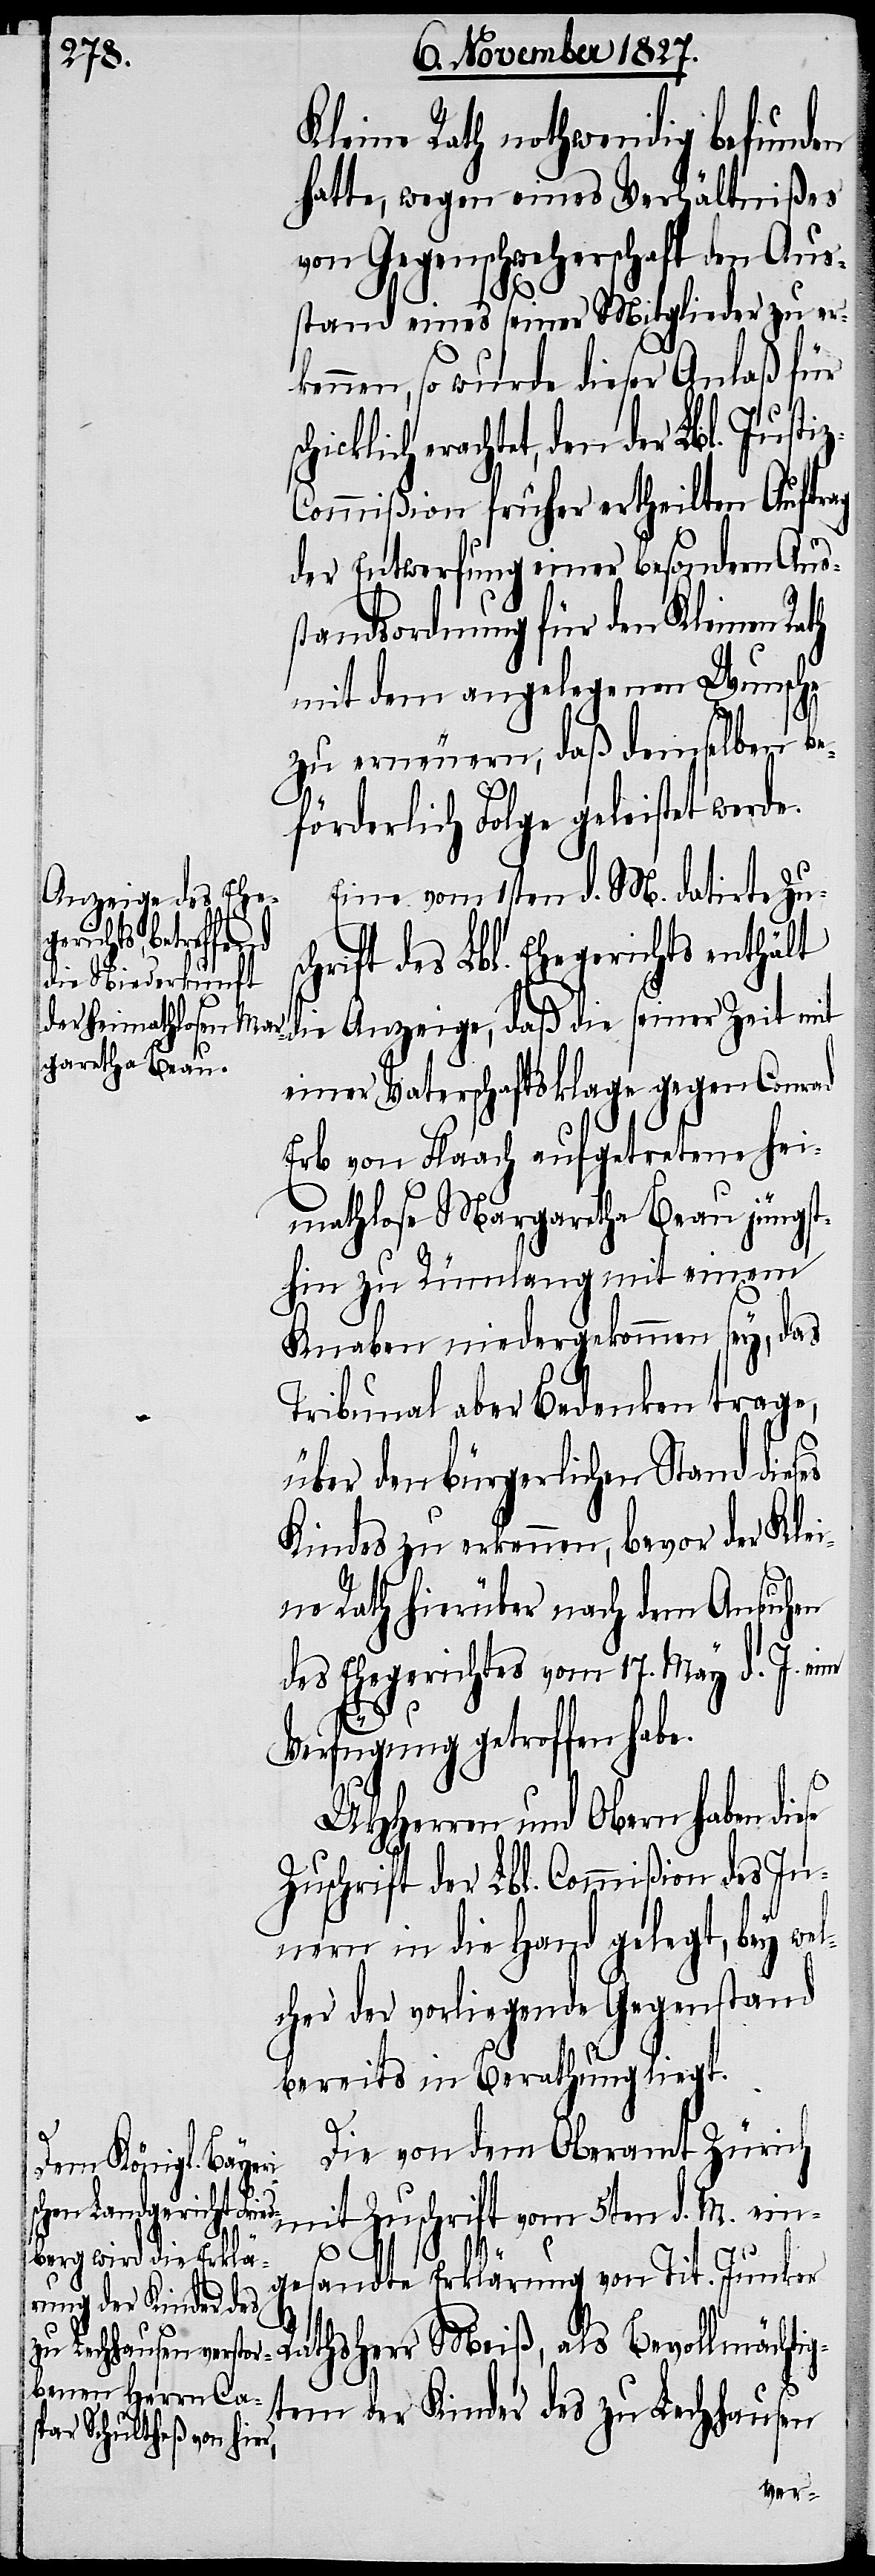
Kleine Rath nothwendig befunden
hatte, wegen eines Verhältnißes
von Gegenschweherschaft den Aus¬
stand eines seiner Mitglieder zu er¬
kennen, so wurde dieser Anlaß für
schicklich erachtet, den der Lbl. Justi¬
ommißion früher ertheilten Auftrag
der Entwerfung einer besondern Aus¬
standsordnung für den Kleinen
mit dem angelegenen Wunsche
zu erneuern, daß demselben be¬
förderlich Folge geleistet werd¬
Eine vom 1sten d. M. datirte Zu¬
hrift des Lbl. Ehegerichts enthält
die Anzeige, daß die seiner Zeit mit
einer Vaterschaftsklage gegen Conrad
Erb von Flaach aufgetretene hei¬
mathlose Margaretha Beau jüngst¬
hin zu Rümlang mit einem
Knaben niedergekommen sey, das
Tribunal aber Bedenken trage,
über den bürgerlichen Stand dies¬
Kindes zu erkennen, bevor der Klei¬
ne Rath hierüber nach dem Ansuchen
des Ehegerichtes vom 17. May d. J. eine
sc¬
Verfügung getroffen habe.
UHHerren und Obern haben
Zuschrift der Lbl. Commißion des In¬
nern in die Hand gelegt, bey wel¬
cher der vorliegende Gegenstand
bereits in Berathung liegt.
Die von dem Oberamt Zürich
mit Zuschrift vom 5ten d. M. ein¬
es
gesandte Erklärung von Tit. Junker
Rathsherr Meiß, als Bevollmächtig¬
tem der Kinder des zu Lechhausen